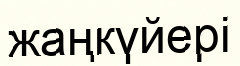
жаңкүйері